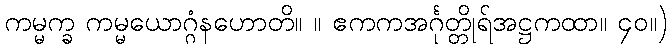
ကမ္မက္ခ ကမ္မယောဂ္ဂံနဟောတိ။ ။ ဧကကအင်္ဂုတ္တိုရ်အဋ္ဌကထာ။ ၄၀။)